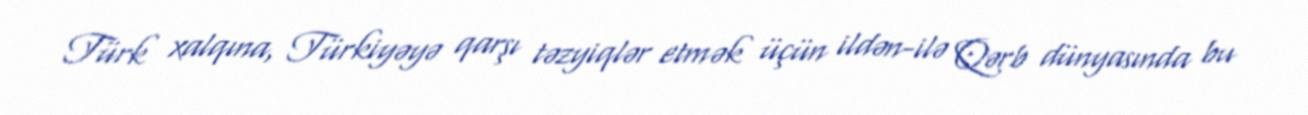
Türk xalqına, Türkiyəyə qarşı təzyiqlər etmək üçün ildən-ilə Qərb dünyasında bu